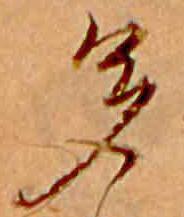
多